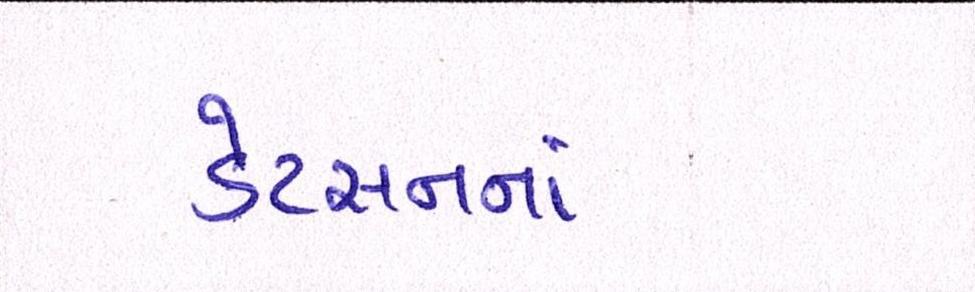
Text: ડેટસનનાં